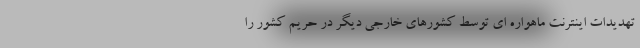
تهدیدات اینترنت ماهواره ای توسط کشورهای خارجی دیگر در حریم کشور را